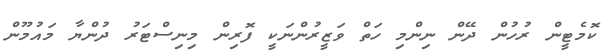
ކޮމެޓީން ރުހުން ދޭން ނިންމި ހަތް ވަޒީރުންނަކީ ފޮރިން މިނިސްޓަރު ދުންޔާ މައުމޫން